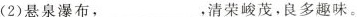
(2)悬泉瀑布，___，清荣峻茂，良多趣味。